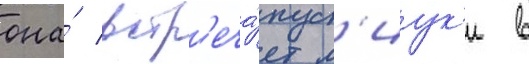
она́ встр'еча́ет м'иук'и в